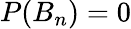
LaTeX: P(B_{n})=0